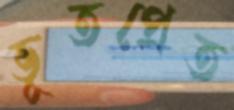
ভূতপ্রেত